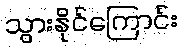
သွားနိုင်ကြောင်း